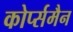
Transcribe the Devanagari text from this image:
कोर्प्समैन